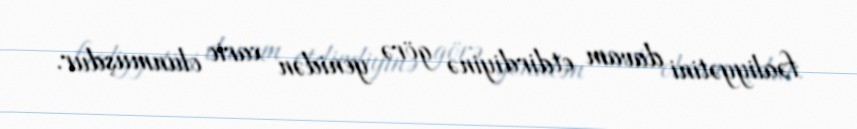
fəaliyyətini davam etdirdiyinə görə yenidən xaric olunmuşdur.